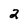
Character: 2